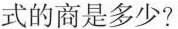
式的商是多少?